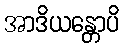
အာဒိယန္တောပိ